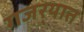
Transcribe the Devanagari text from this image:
गजर्‍यात